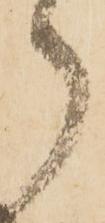
ら